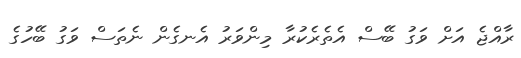
ރާއްޖެ އަށް ވަގު ބޭސް އެތެރެކުރާ މިންވަރު އެނގެން ނެތަސް ވަގު ބޭހުގެ